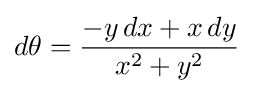
d\theta ={\frac {-y\,dx+x\,dy}{x^{2}+y^{2}}}